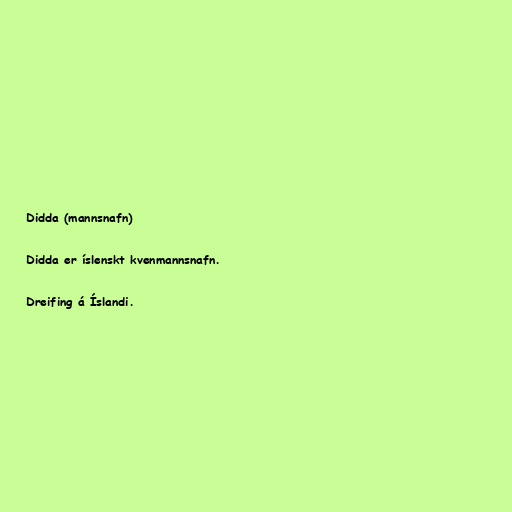
Didda (mannsnafn)

Didda er íslenskt kvenmannsnafn.

Dreifing á Íslandi.